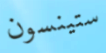
ستينسون